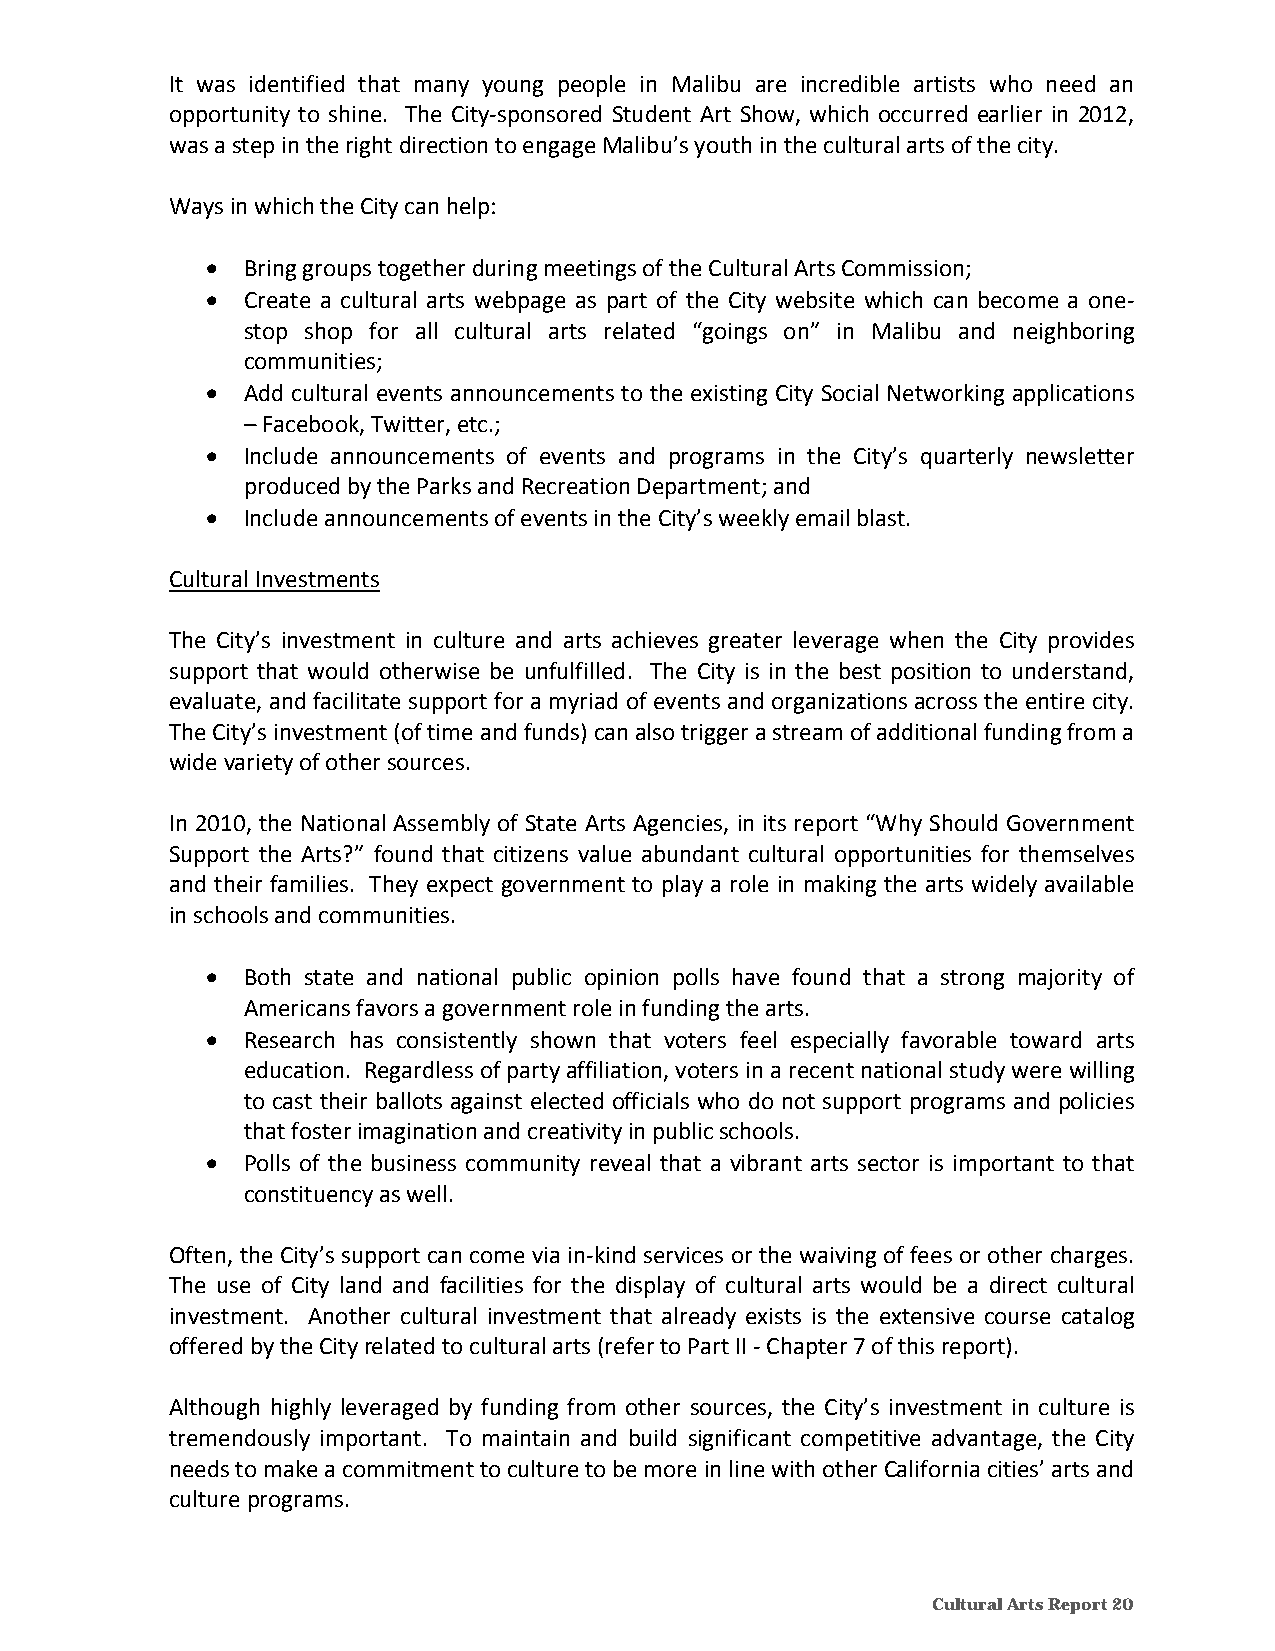
It was identified that many young people in Malibu are incredible artists who need an
 opportunity to shine. The City‐sponsored Student Art Show, which occurred earlier in 2012,
 was a step in the right direction to engage Malibu’s youth in the cultural arts of the city.
 Ways in which the City can help:
  Bring groups together during meetings of the Cultural Arts Commission;
  Create a cultural arts webpage as part of the City website which can become a one‐
 stop shop for all cultural arts related “goings on” in Malibu and neighboring
 communities;
  Add cultural events announcements to the existing City Social Networking applications
 – Facebook, Twitter, etc.;
  Include announcements of events and programs in the City’s quarterly newsletter
 produced by the Parks and Recreation Department; and
  Include announcements of events in the City’s weekly email blast.
 Cultural Investments
 The City’s investment in culture and arts achieves greater leverage when the City provides
 support that would otherwise be unfulfilled. The City is in the best position to understand,
 evaluate, and facilitate support for a myriad of events and organizations across the entire city.
 The City’s investment (of time and funds) can also trigger a stream of additional funding from a
 wide variety of other sources.
 In 2010, the National Assembly of State Arts Agencies, in its report “Why Should Government
 Support the Arts?” found that citizens value abundant cultural opportunities for themselves
 and their families. They expect government to play a role in making the arts widely available
 in schools and communities.
  Both state and national public opinion polls have found that a strong majority of
 Americans favors a government role in funding the arts.
  Research has consistently shown that voters feel especially favorable toward arts
 education. Regardless of party affiliation, voters in a recent national study were willing
 to cast their ballots against elected officials who do not support programs and policies
 that foster imagination and creativity in public schools.
  Polls of the business community reveal that a vibrant arts sector is important to that
 constituency as well.
 Often, the City’s support can come via in‐kind services or the waiving of fees or other charges.
 The use of City land and facilities for the display of cultural arts would be a direct cultural
 investment. Another cultural investment that already exists is the extensive course catalog
 offered by the City related to cultural arts (refer to Part II ‐ Chapter 7 of this report).
 Although highly leveraged by funding from other sources, the City’s investment in culture is
 tremendously important. To maintain and build significant competitive advantage, the City
 needs to make a commitment to culture to be more in line with other California cities’ arts and
 culture programs.
 Cultural Arts Report 20